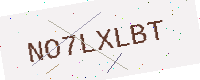
Text: NO7LXLBT